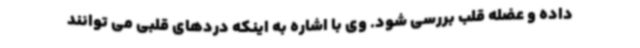
داده و عضله قلب بررسی شود. وی با اشاره به اینکه دردهای قلبی می توانند